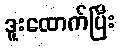
ဒူးထောက်ပြီး